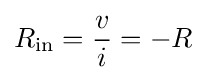
R_{\text{in}}={v \over i}=-R